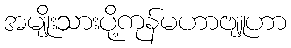
အမျိုးသားပို့ကုန်မဟာဗျူဟာ